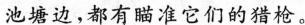
池塘边，都有瞄准它们的猎枪。